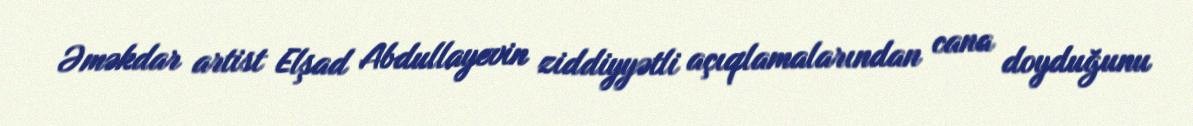
Əməkdar artist Elşad Abdullayevin ziddiyyətli açıqlamalarından cana doyduğunu